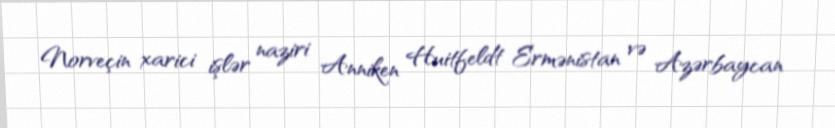
Norveçin xarici işlər naziri Anniken Huitfeldt Ermənistan və Azərbaycan